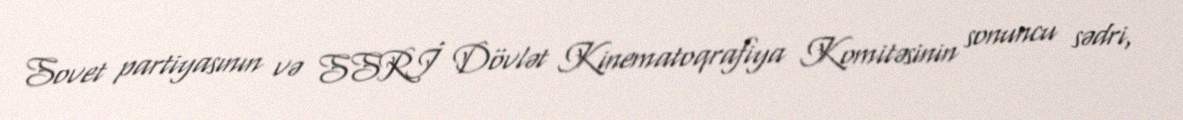
Sovet partiyasının və SSRİ Dövlət Kinematoqrafiya Komitəsinin sonuncu sədri,